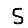
Digit: 5